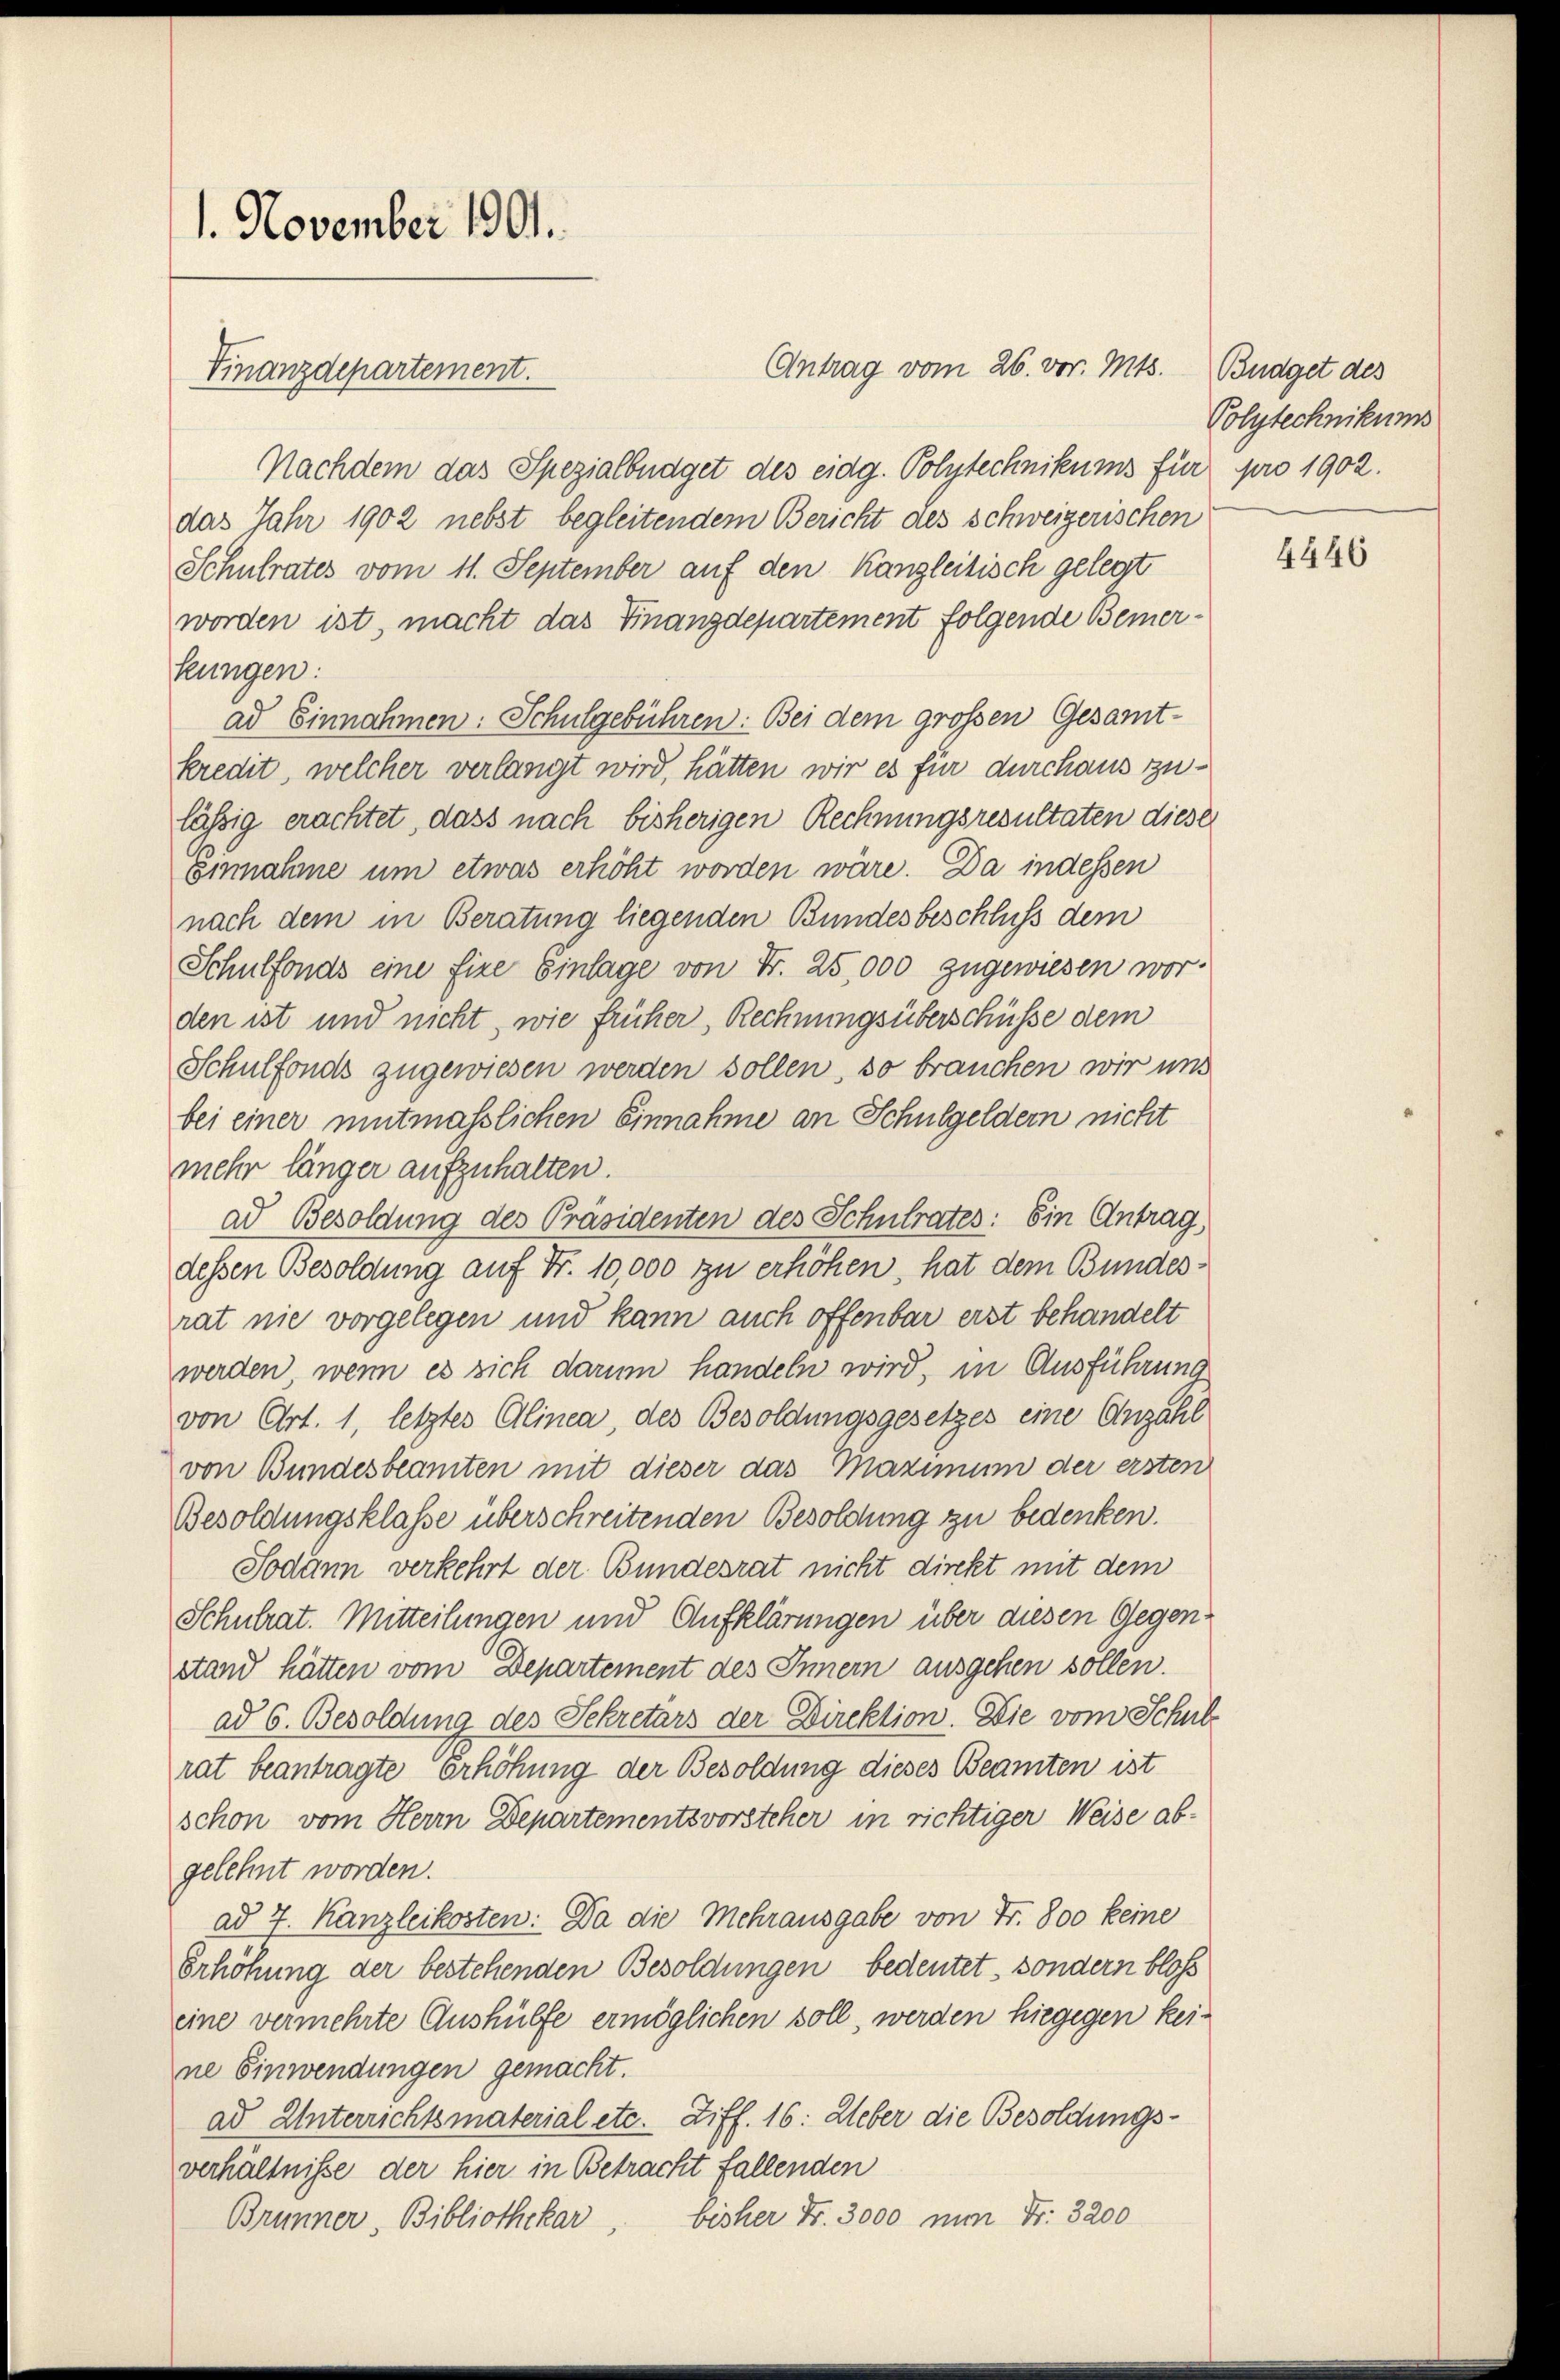
1. November 1901.
Finanzdepartement.

Nachdem das Spezialbüdget des eidg. Polytechnikums für pro 1902.
das Jahr 1902 nebst begleitendem Bericht des schweizerischen
Schulrates vom 11. September auf den Kanzleitisch gelegt
worden ist, macht das Finanzdepartement folgende Bemerkungen:
ad Einnahmen: Schulgebühren: Bei dem grossen Gesamt-
kredit, welcher verlangt wird, hätten wir es für durchaus zulässig erachtet, dass nach bisherigen Rechnungsresultaten diese
Einnahme um etwas erhöht worden wäre. Da indessen
nach dem in Beratung liegenden Bundesbeschluss dem
Schulfonds eine fixe Einlage von Fr. 25,000 zugewiesen wor-
den ist und nicht, wie früher, Rechnungsüberschüsse dem
Schulfonds zugewiesen werden sollen, so brauchen wir uns
bei einer mutmasslichen Einnahme an Schulgeldern nicht
mehr länger aufzuhalten.
ad Besoldung des Präsidenten des Schulrates: Ein Antrag,
dessen Besoldung auf Fr. 10,000 zu erhöhen, hat dem Bundesrat nie vorgelegen und kann auch offenbar erst behandelt
werden, wenn es sich darum handeln wird, in Ausführung
von Art. 1, letztes Alinea, des Besoldungsgesetzes eine Anzahl
von Bundesbeamten mit dieser das Maximum der ersten
Besoldungsklasse überschreitenden Besoldung zu bedenken.
Sodann verkehrt der Bundesrat nicht direkt mit dem
Schulrat. Mitteilungen und Aufklärungen über diesen Gegenstand hätten vom Departement des Innern ausgehen sollen.
ad 6. Besoldung des Sekretärs der Direktion. Die vom Schul
rat beantragte Erhöhung der Besoldung dieses Beamten ist
schon vom Herrn Departementsvorsteher in richtiger Weise abgelehnt worden.
ad 7. Kanzleikosten: Da die Mehrausgabe von Fr. 800 keine
Erhöhung der bestehenden Besoldungen bedeutet, sondern blos
eine vermehrte Aushülfe ermöglichen soll, werden hiegegen keine Einwendungen gemacht.
ad Unterrichtsmaterial etc. Ziff. 16: Ueber die Besoldungs-
verhältnisse der hier in Betracht fallenden
bisher Fr. 3000 nun Fr. 3200
Brunner, Bibliothekar

Antrag vom 26. vor. Mts. Budget des

Polytechnikums

4446